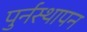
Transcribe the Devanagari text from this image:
पुर्नस्थापन